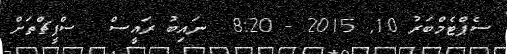
ސެޕްޓެމްބަރު 10